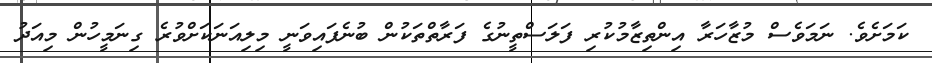
ކަމަށެވެ. ނަމަވެސް މުޒާހަރާ އިންތިޒާމުކުރި ފަލަސްތީނުގެ ފަރާތްތަކުން ބުނެފައިވަނީ މިލިއަނަކަށްވުރެ ގިނަމީހުން މިއަދު